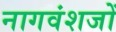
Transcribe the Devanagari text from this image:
नागवंशजों